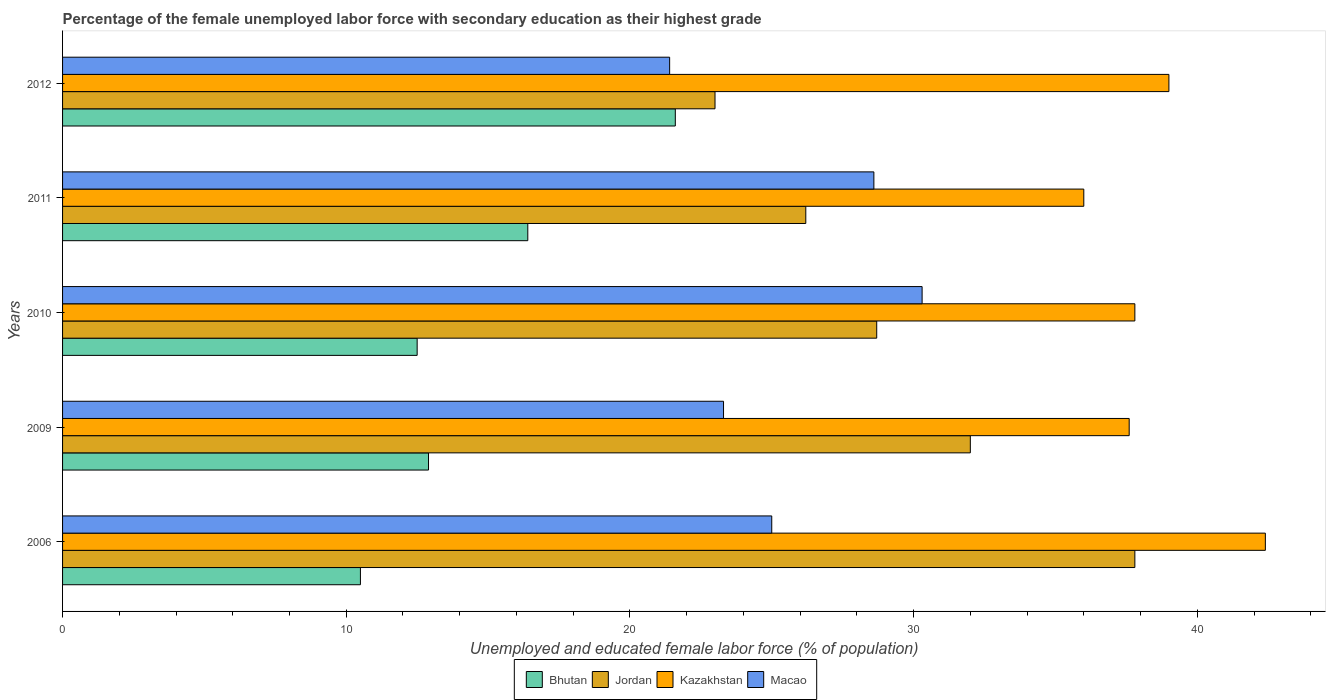
| Years | Bhutan | Jordan | Kazakhstan | Macao |
 | --- | --- | --- | --- | --- |
 | 2006 | 10.5 | 37.8 | 42.4 | 25 |
 | 2009 | 12.9 | 32 | 37.6 | 23.3 |
 | 2010 | 12.5 | 28.7 | 37.8 | 30.3 |
 | 2011 | 16.4 | 26.2 | 36 | 28.6 |
 | 2012 | 21.6 | 23 | 39 | 21.4 |